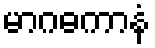
မာဂဓကာနံ